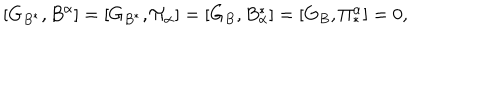
[ G _ { B ^ { \ast } } , B ^ { \alpha } ] = [ G _ { B ^ { \ast } } , \Pi _ { \alpha } ] = [ G _ { B } , B _ { \alpha } ^ { \ast } ] = [ G _ { B } , \Pi _ { \ast } ^ { \alpha } ] = 0 ,